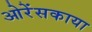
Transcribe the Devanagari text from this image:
ओरेंसकाया